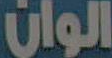
الوان